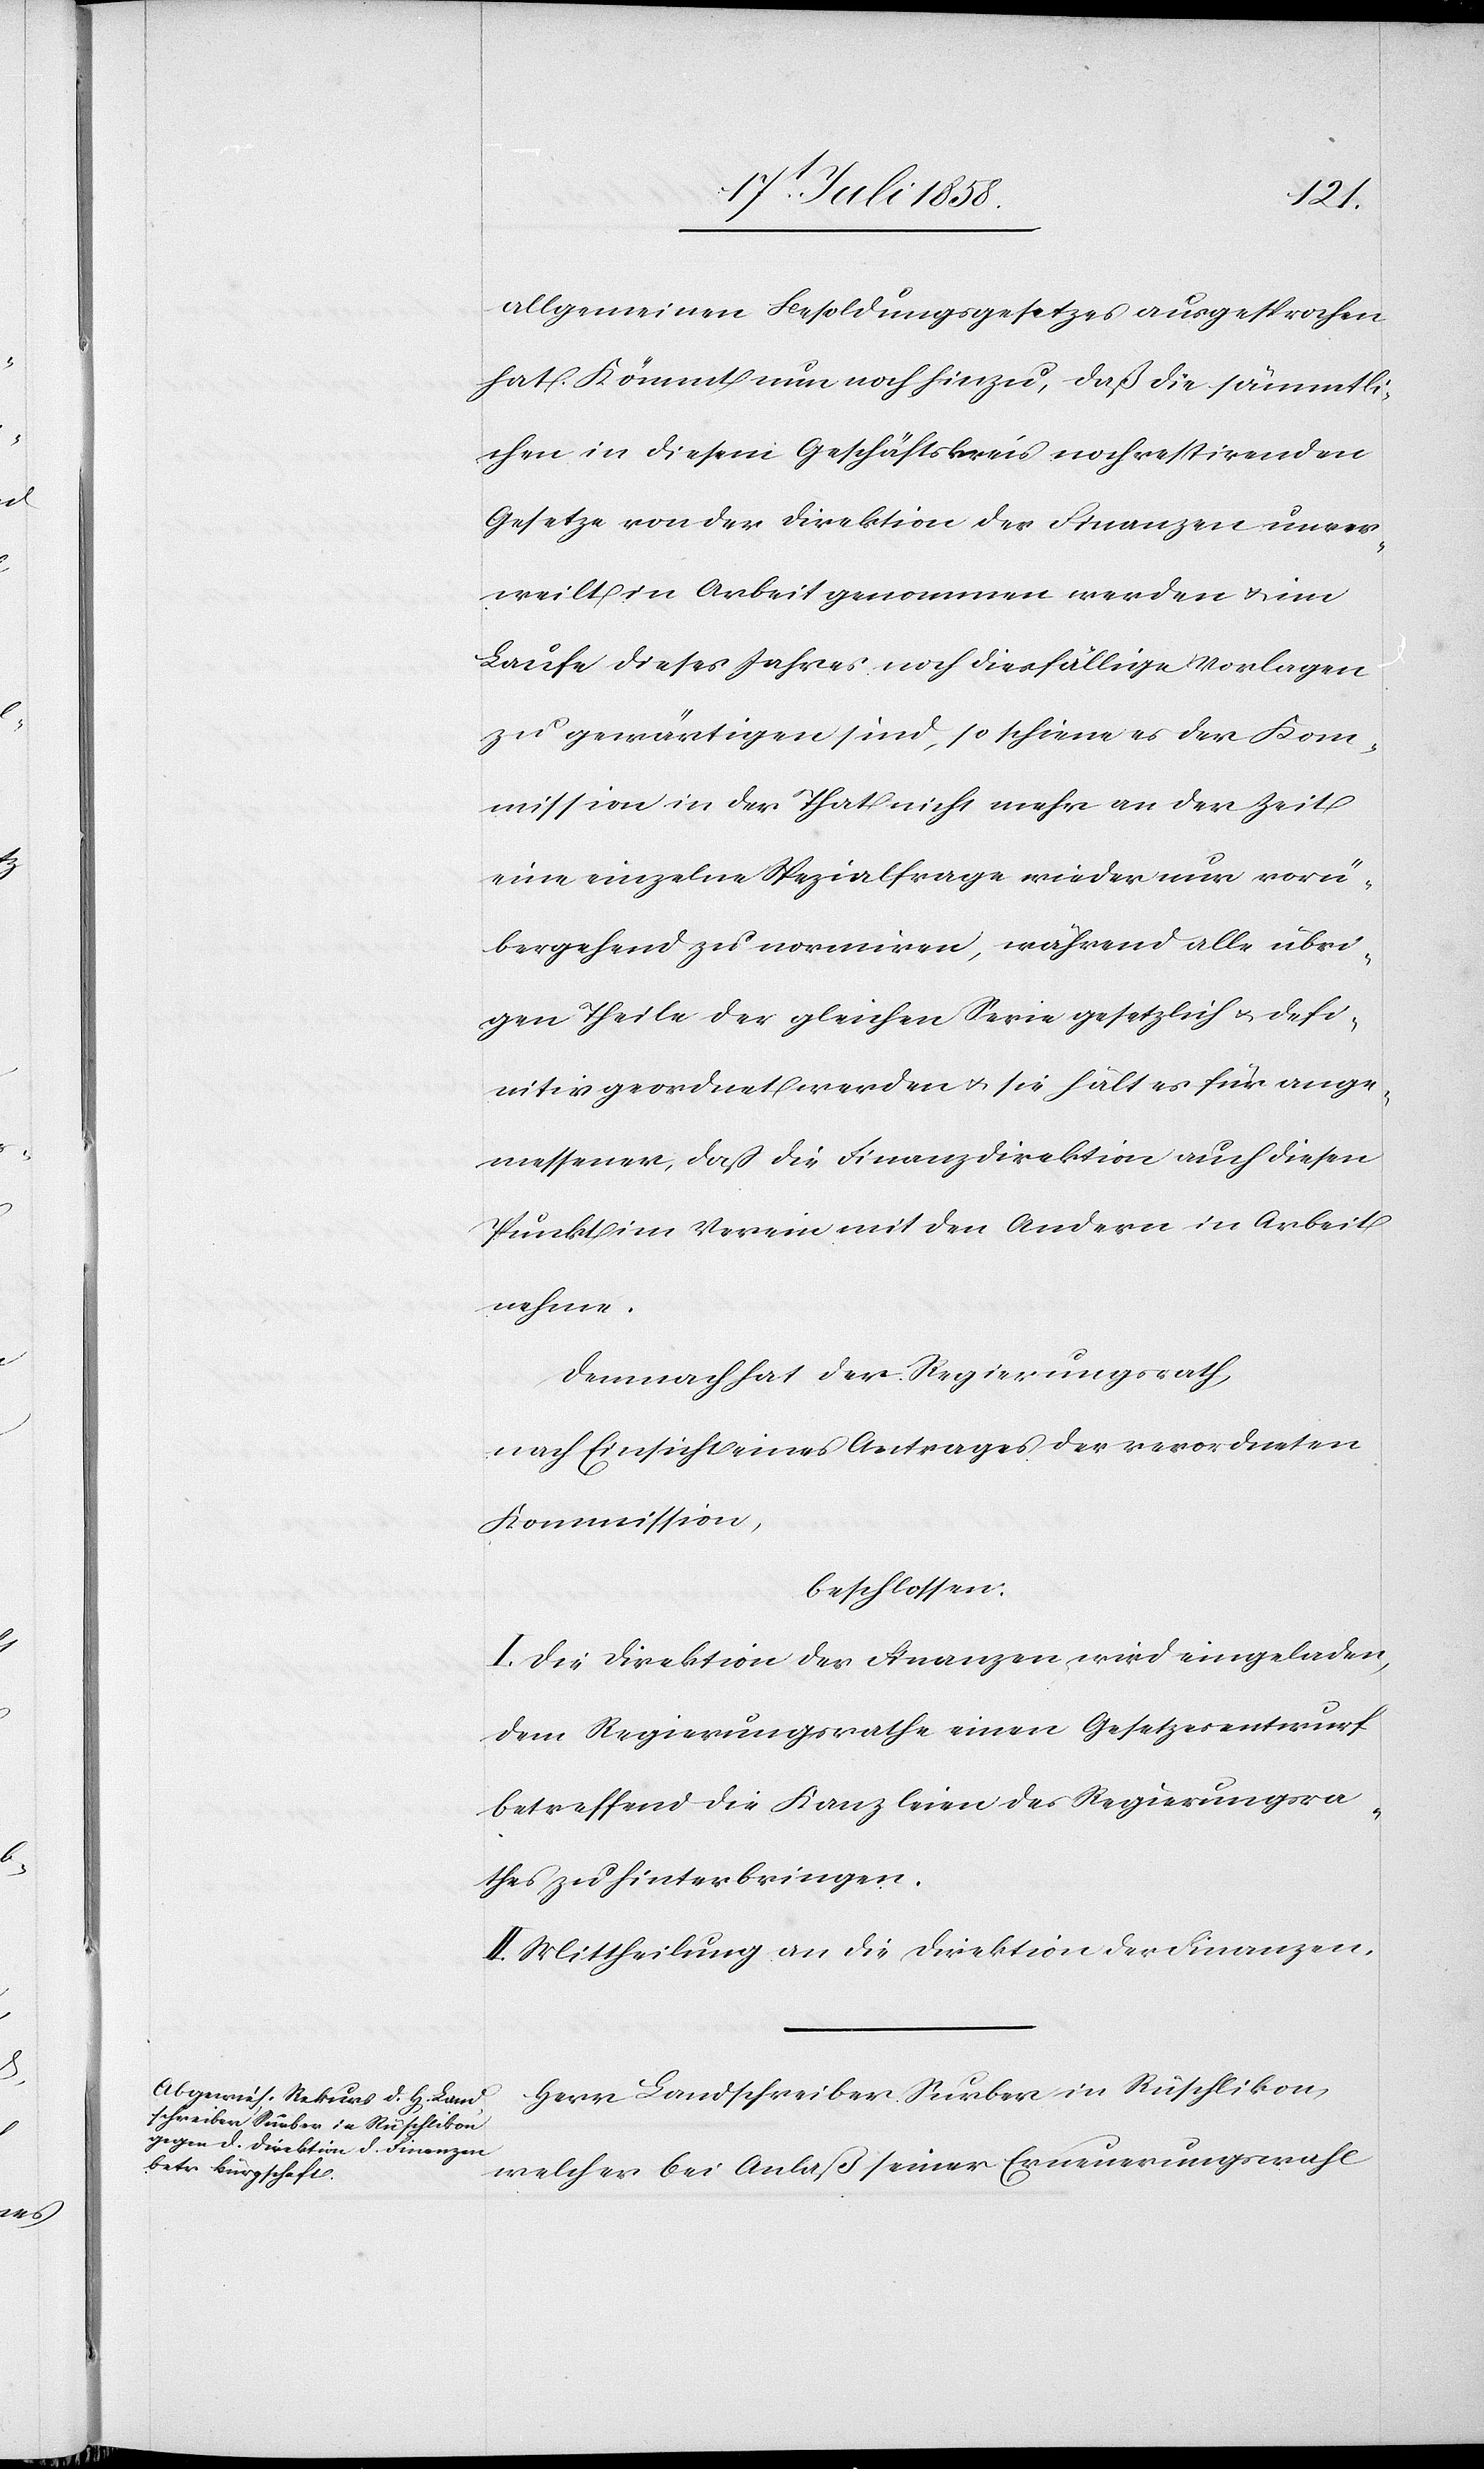
allgemeinen Besoldungsgesetzes ausgesprochen
hat. Kömmt nun noch hinzu, daß die sämmtli¬
chen in diesem Geschäftskreis noch restirenden
Gesetze von der Direktion der Finanzen unver¬
weilt in Arbeit genommen werden & im
Laufe dieses Jahres noch diesfällige Vorlagen
zu gewärtigen sind, so schiene es der Kom¬
mission in der That nicht mehr an der Zeit
eine einzelne Spezialfrage wieder nur vorü¬
bergehend zu normiren, während alle übri¬
gen Theile der gleichen Serie gesetzlich & defi¬
nitiv geordnet werden & sie hält es für ange¬
messen, daß die Finanzdirektion auch diesen
Punkt im Verein mit den Andern in Arbeit
nehme.
Demnach hat der Regierungsrath,
nach Einsicht eines Antrages der verordneten
Kommission,
beschlossen:
I. Die Direktion der Finanzen wird eingeladen,
dem Regierungsrathe einen Gesetzesentwurf
betreffend die Kanzleien des Regierungsra¬
thes zu hinterbringen.
II. Mittheilung an die Direktion der Finanzen.
Herr Landschreiber Surber in Rüschlikon,
welcher bei Anlaß seiner Erneuerungswahl